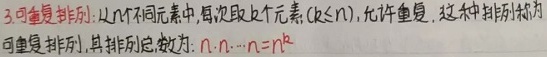
3. 可重复排列：从 \(n\) 个不同元素中，每次取 \(k\) 个元素\((k\leq n)\)，允许重复，这种排列称为可重复排列，其排列总数为：
\[
n\cdot n\cdot\cdots\cdot n = n^{k}
\]